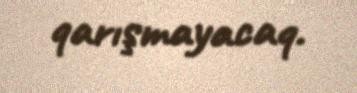
qarışmayacaq.